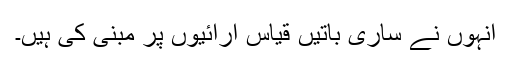
انہوں نے ساری باتیں قیاس آرائیوں پر مبنی کی ہیں۔